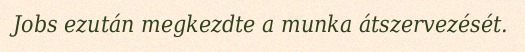
Jobs ezután megkezdte a munka átszervezését.